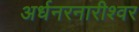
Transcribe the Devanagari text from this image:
अर्धनरनारीश्वर